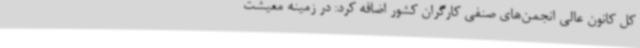
کل کانون عالی انجمن‌های صنفی کارگران کشور اضافه ‌کرد: در زمینه معیشت